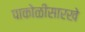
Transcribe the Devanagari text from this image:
पाकोळीसारखे